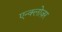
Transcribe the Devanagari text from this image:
एन्क्लोज़र